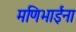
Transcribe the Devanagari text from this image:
मणिभाईंना